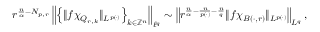
r ^ { \frac { n } { \alpha } - N _ { p , r } } \left\| \left\{ \| f \chi _ { Q _ { r , k } } \| _ { L ^ { p ( \cdot ) } } \right\} _ { k \in \mathbb { Z } ^ { n } } \right\| _ { \ell ^ { q } } \sim \left\| r ^ { \frac { n } { \alpha } - \frac { n } { p ( \cdot ) } - \frac { n } { q } } \| f \chi _ { B ( \cdot , r ) } \| _ { L ^ { p ( \cdot ) } } \right\| _ { L ^ { q } } ,